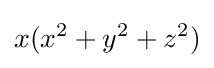
x(x^{2}+y^{2}+z^{2})